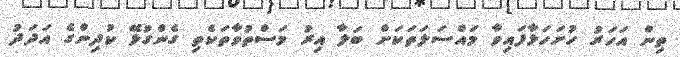
ތިން އަހަރު ހުށަހަޅާފައިވާ މައްސަލަތަކަށް ބަލާ އިރު މަސްތުވާތަކެތި ގެންގުޅޭ ކުދިންގެ އަދަދު